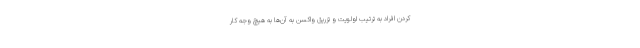
کردن افراد به ترتیب اولویت و تزریق واکسن به آن‌ها به هیچ وجه کار